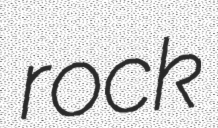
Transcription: rock